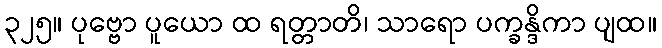
၃၂၅။ ပုဗ္ဗော ပူယော ထ ရတ္တာတိ၊ သာရော ပက္ခန္ဒိကာ ပျထ။